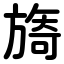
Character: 旖